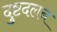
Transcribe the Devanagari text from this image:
दुष्टदलन